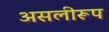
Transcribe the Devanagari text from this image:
असलीरूप